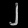
Digit: ၂